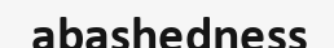
abashedness